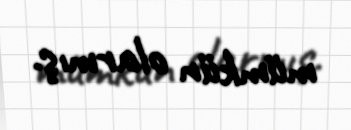
mümkün olarmış.